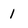
Character: 1